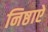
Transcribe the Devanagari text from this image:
निष्ठाऐ